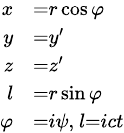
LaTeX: \scriptstyle{\begin{array}{rl}{x}&{{}=r\cos\varphi}\\ {y}&{{}=y^{\prime}}\\ {z}&{{}=z^{\prime}}\\ {l}&{{}=r\sin\varphi}\\ {\varphi}&{{}=i\psi,\ l=ict}\end{array}}